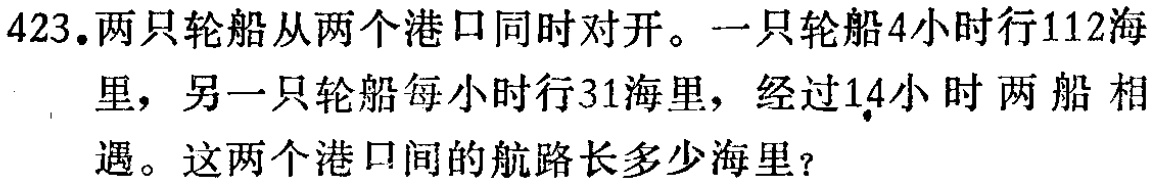
423.两只轮船从两个港口同时对开。一只轮船4小时行112海里，另一只轮船每小时行31海里，经过14小时两船相遇。这两个港口间的航路长多少海里？